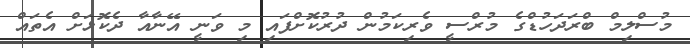
މުސްލިމް ބްރަދަހުޑްގެ މުރްސީ ވެރިކަމުން ދުރުކޮށްފައި މި ވަނީ އޭނާއާ ދެކޮޅަށް އެތައް